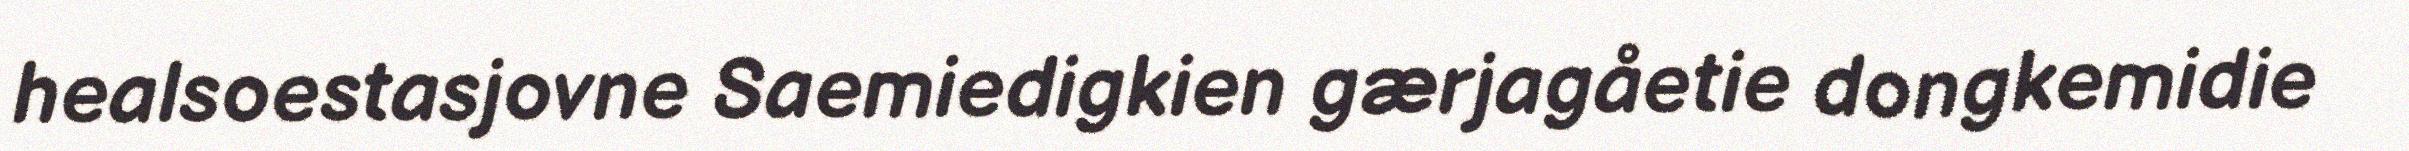
healsoestasjovne Saemiedigkien gærjagåetie dongkemidie